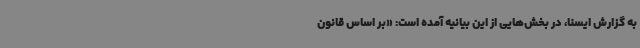
به گزارش ایسنا، در بخش‌هایی از این بیانیه آمده است: «بر اساس قانون